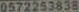
0572253838